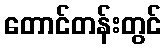
တောင်တန်းတွင်